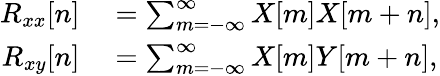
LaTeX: \begin{array}{rl}{R_{xx}[n]}&{{}=\sum_{m=-\infty}^{\infty}X[m]X[m+n],}\\ {R_{xy}[n]}&{{}=\sum_{m=-\infty}^{\infty}X[m]Y[m+n],}\end{array}